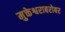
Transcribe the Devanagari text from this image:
मुक्तेश्वराबरोबर